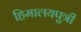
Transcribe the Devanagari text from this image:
हिमालयपुत्री